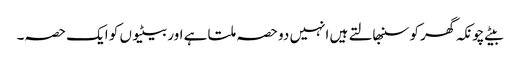
بیٹے چونکہ گھر کو سنبھالتے ہیں انہیں دو حصہ ملتا ہے اور بیٹیوں کو ایک حصہ۔